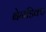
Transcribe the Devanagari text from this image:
बेनडिक्ट